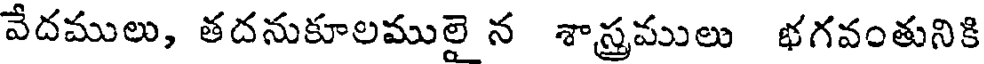
వేదములు, తదనుకూలములై న శాస్త్రములు భగవంతునికి